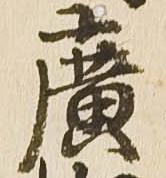
広